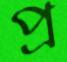
প্র